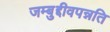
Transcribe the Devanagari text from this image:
जम्बुद्दीवपन्नति